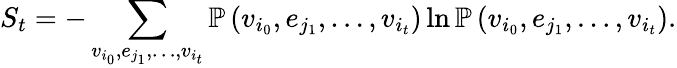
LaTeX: S_{t}=-\sum_{v_{i_{0}},e_{j_{1}},\dots,v_{i_{t}}}\mathbb{P}\left(v_{i_{0}},e_{j_{1}},\dots,v_{i_{t}}\right)\ln\mathbb{P}\left(v_{i_{0}},e_{j_{1}},\dots,v_{i_{t}}\right).